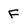
Character: F